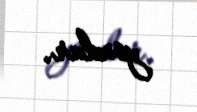
yoxdur.